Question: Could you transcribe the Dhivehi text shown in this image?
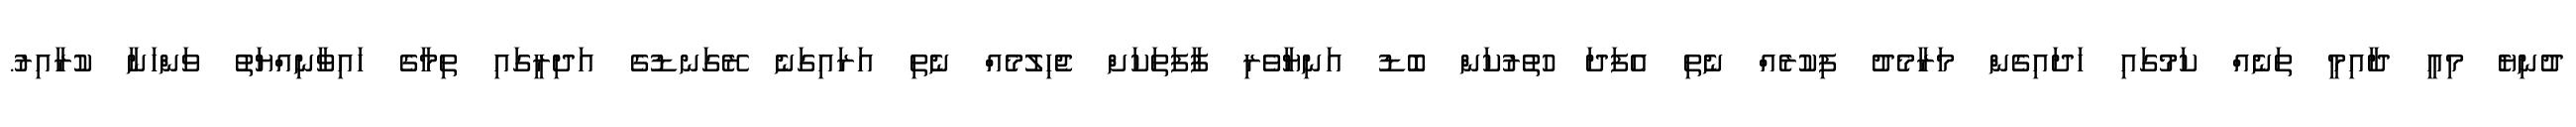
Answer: ދުނިޔެ މިއީ ދާއިމީ ތަނެއް ކަމުގައި ހަދައިގެން މަރާމެދު ފިކުރެއް ނެތި އެފަދަ ހުތުރުކަން ބޮޑު އަނިޔާވެރި ފާފަތަކަށް ޖެހިލުމެއް ނެތި އަރައިގަނެ ރޭގަނޑުގެ އަދިރީގައި ތިމާގެ ހައިވާނިއްޔަތު ވަންހަނާ ކުރާއިރު.